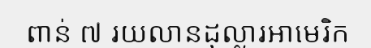
ពាន់ ៧ រយលានដុល្លារអាមេរិក